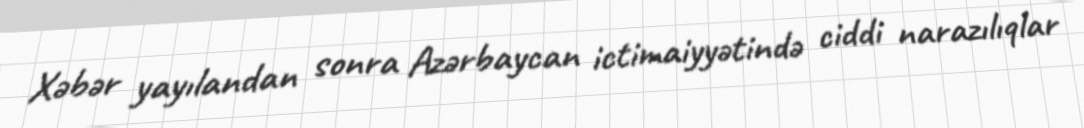
Xəbər yayılandan sonra Azərbaycan ictimaiyyətində ciddi narazılıqlar